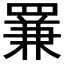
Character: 𦋰